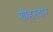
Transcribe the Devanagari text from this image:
शौहरदार